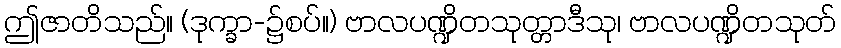
ဤဇာတိသည်။ (ဒုက္ခာ-၌စပ်။) ဗာလပဏ္ဍိတသုတ္တာဒီသု၊ ဗာလပဏ္ဍိတသုတ်